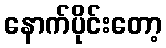
နောက်ပိုင်းတော့